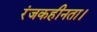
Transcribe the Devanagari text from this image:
रंजकहीनता।